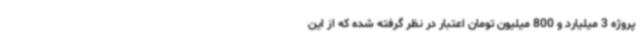
پروژه 3 میلیارد و 800 میلیون تومان اعتبار در نظر گرفته شده که از این